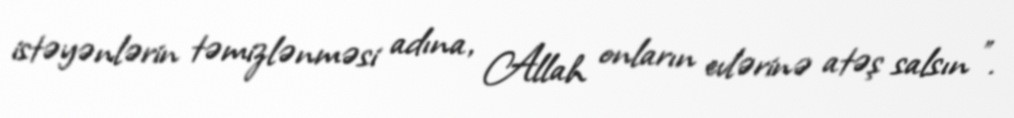
istəyənlərin təmizlənməsi adına, Allah onların evlərinə atəş salsın ”.